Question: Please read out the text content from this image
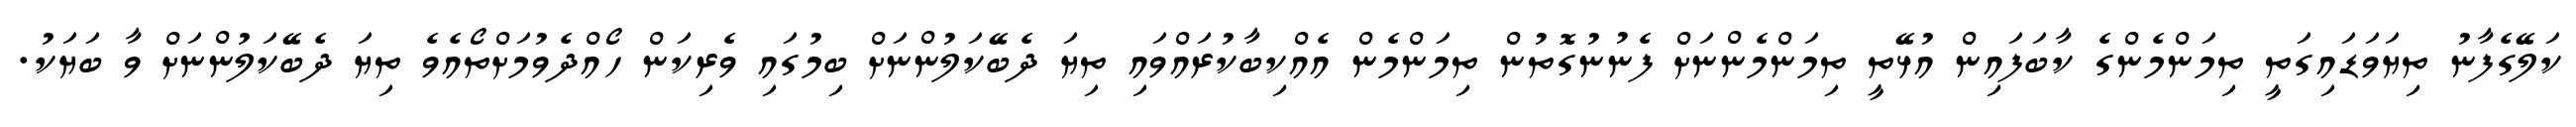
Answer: ކަލޭގެފާނު ތިޔަވަޑައިގަތީ ތިމަންމެންގެ ކާބަފައިން އުޅޭތީ ތިމަންމެންނަށް ފެނުނުގޮތުން ތިމަންމެން އެއްކިބާކުރައްވައި ތިޔަ ދެބޭކަލުންނަށް ބިމުގައި ވެރިކަން ހޯއްދެވުމަށްތޯއެވެ ތިޔަ ދެބޭކަލުންނަށް ވާ ބަޔަކު.